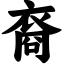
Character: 裔